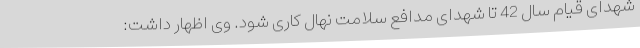
شهدای قیام سال 42 تا شهدای مدافع سلامت نهال کاری شود. وی اظهار داشت: